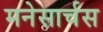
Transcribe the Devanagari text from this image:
मनेसार्चस